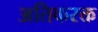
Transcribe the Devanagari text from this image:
अतिकरक्त